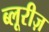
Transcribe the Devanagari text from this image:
ब्लूरीज़